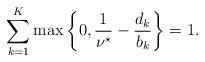
\begin{align*}\sum \limits_{k=1}^K \max \left\{0, \frac{1}{\nu^{\star}} - \frac{d_k}{b_k} \right\} = 1. \end{align*}